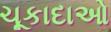
ચૂકાદાઓ